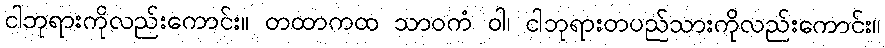
ငါဘုရားကိုလည်းကောင်း။ တထာကထ သာဝကံ ဝါ၊ ငါဘုရားတပည်သားကိုလည်းကောင်း။